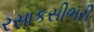
રસાકસીભરી